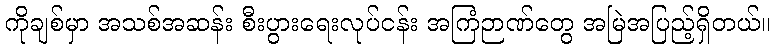
ကိုချစ်မှာ အသစ်အဆန်း စီးပွားရေးလုပ်ငန်း အကြံဉာဏ်တွေ အမြဲအပြည့်ရှိတယ်။